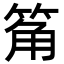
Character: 䇶